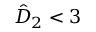
\hat { D } _ { 2 } < 3